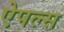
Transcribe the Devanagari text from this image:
ऐपल्स